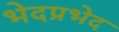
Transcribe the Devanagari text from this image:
भेदप्रभेद